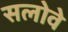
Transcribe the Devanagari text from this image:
सलोवे